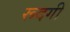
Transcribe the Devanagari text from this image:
रूदगी